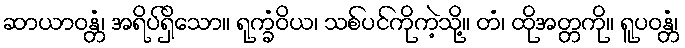
ဆာယာဝန္တံ၊ အရိပ်ရှိသော။ ရုက္ခံဝိယ၊ သစ်ပင်ကိုကဲ့သို့။ တံ၊ ထိုအတ္တကို။ ရူပဝန္တံ၊